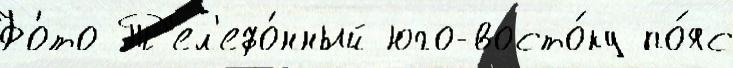
Фо́то Т'ел'ефо́нный юго-восто́ку по́яс